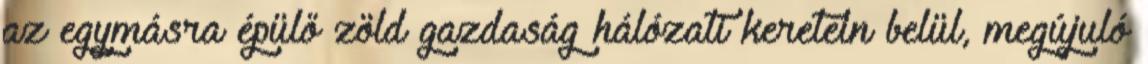
az egymásra épülő zöld gazdaság hálózati keretein belül, megújuló